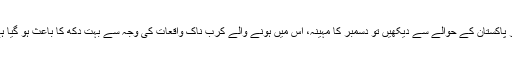
مگر پاکستان کے حوالے سے دیکھیں تو دسمبر کا مہینہ، اس میں ہونے والے کرب ناک واقعات کی وجہ سے بہت دکھ کا باعث ہو گیا ہے ۔